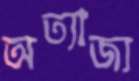
অত্যাজ্য